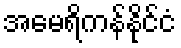
အမေရိကန်နိုင်ငံ